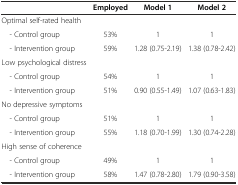
<table><thead><tr><td></td><td><b>Employed</b></td><td><b>Model 1</b></td><td><b>Model 2</b></td></tr></thead><tbody><tr><td>Optimal self-rated health</td><td></td><td></td><td></td></tr><tr><td> - Control group</td><td>53%</td><td>1</td><td>1</td></tr><tr><td> - Intervention group</td><td>59%</td><td>1.28 (0.75-2.19)</td><td>1.38 (0.78-2.42)</td></tr><tr><td>Low psychological distress</td><td></td><td></td><td></td></tr><tr><td> - Control group</td><td>54%</td><td>1</td><td>1</td></tr><tr><td> - Intervention group</td><td>51%</td><td>0.90 (0.55-1.49)</td><td>1.07 (0.63-1.83)</td></tr><tr><td>No depressive symptoms</td><td></td><td></td><td></td></tr><tr><td> - Control group</td><td>51%</td><td>1</td><td>1</td></tr><tr><td> - Intervention group</td><td>55%</td><td>1.18 (0.70-1.99)</td><td>1.30 (0.74-2.28)</td></tr><tr><td>High sense of coherence</td><td></td><td></td><td></td></tr><tr><td> - Control group</td><td>49%</td><td>1</td><td>1</td></tr><tr><td> - Intervention group</td><td>58%</td><td>1.47 (0.78-2.80)</td><td>1.79 (0.90-3.58)</td></tr></tbody></table>